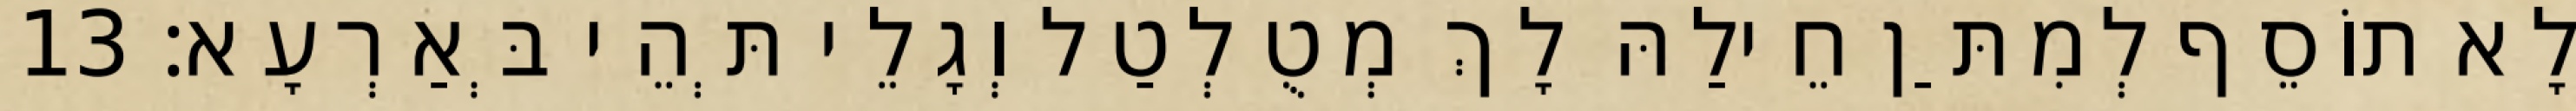
לָא תוֹסֵף לְמִתַּן חֵילַהּ לָךְ מְטֻלְטַל וְגָלֵי תְּהֵי בְּאַרְעָא׃ 13